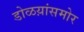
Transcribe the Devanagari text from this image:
डोळय़ांसमोर